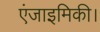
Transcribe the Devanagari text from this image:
एंजाइमिकी।